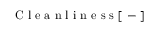
\mathrm { ~ C ~ l ~ e ~ a ~ n ~ l ~ i ~ n ~ e ~ s ~ s ~ [ ~ - ~ ] ~ }